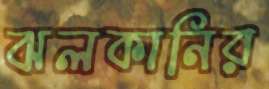
ঝলকানির